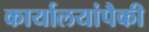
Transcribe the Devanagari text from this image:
कार्यालयांपैकी